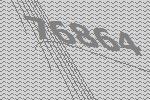
76864